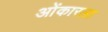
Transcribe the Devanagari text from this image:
ओंकारला